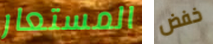
المستعار خفض